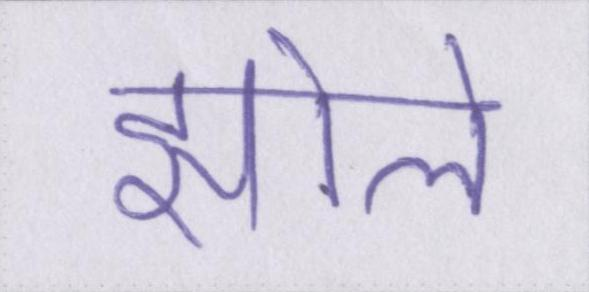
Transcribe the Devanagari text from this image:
झोले